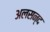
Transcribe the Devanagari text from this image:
अलसन्द